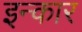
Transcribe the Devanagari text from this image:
इन्‍कार